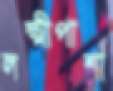
লক্ষ্মীপাশা